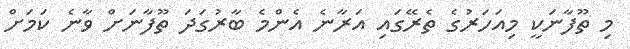
މި ތޫފާނަކީ މިއަހަރުގެ ތެރޭގައި އަރާނެ އެންމެ ބާރުގަދަ ތޫފާނަށް ވާނެ ކަމަށް